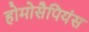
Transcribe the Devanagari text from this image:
होमोसैपियंस